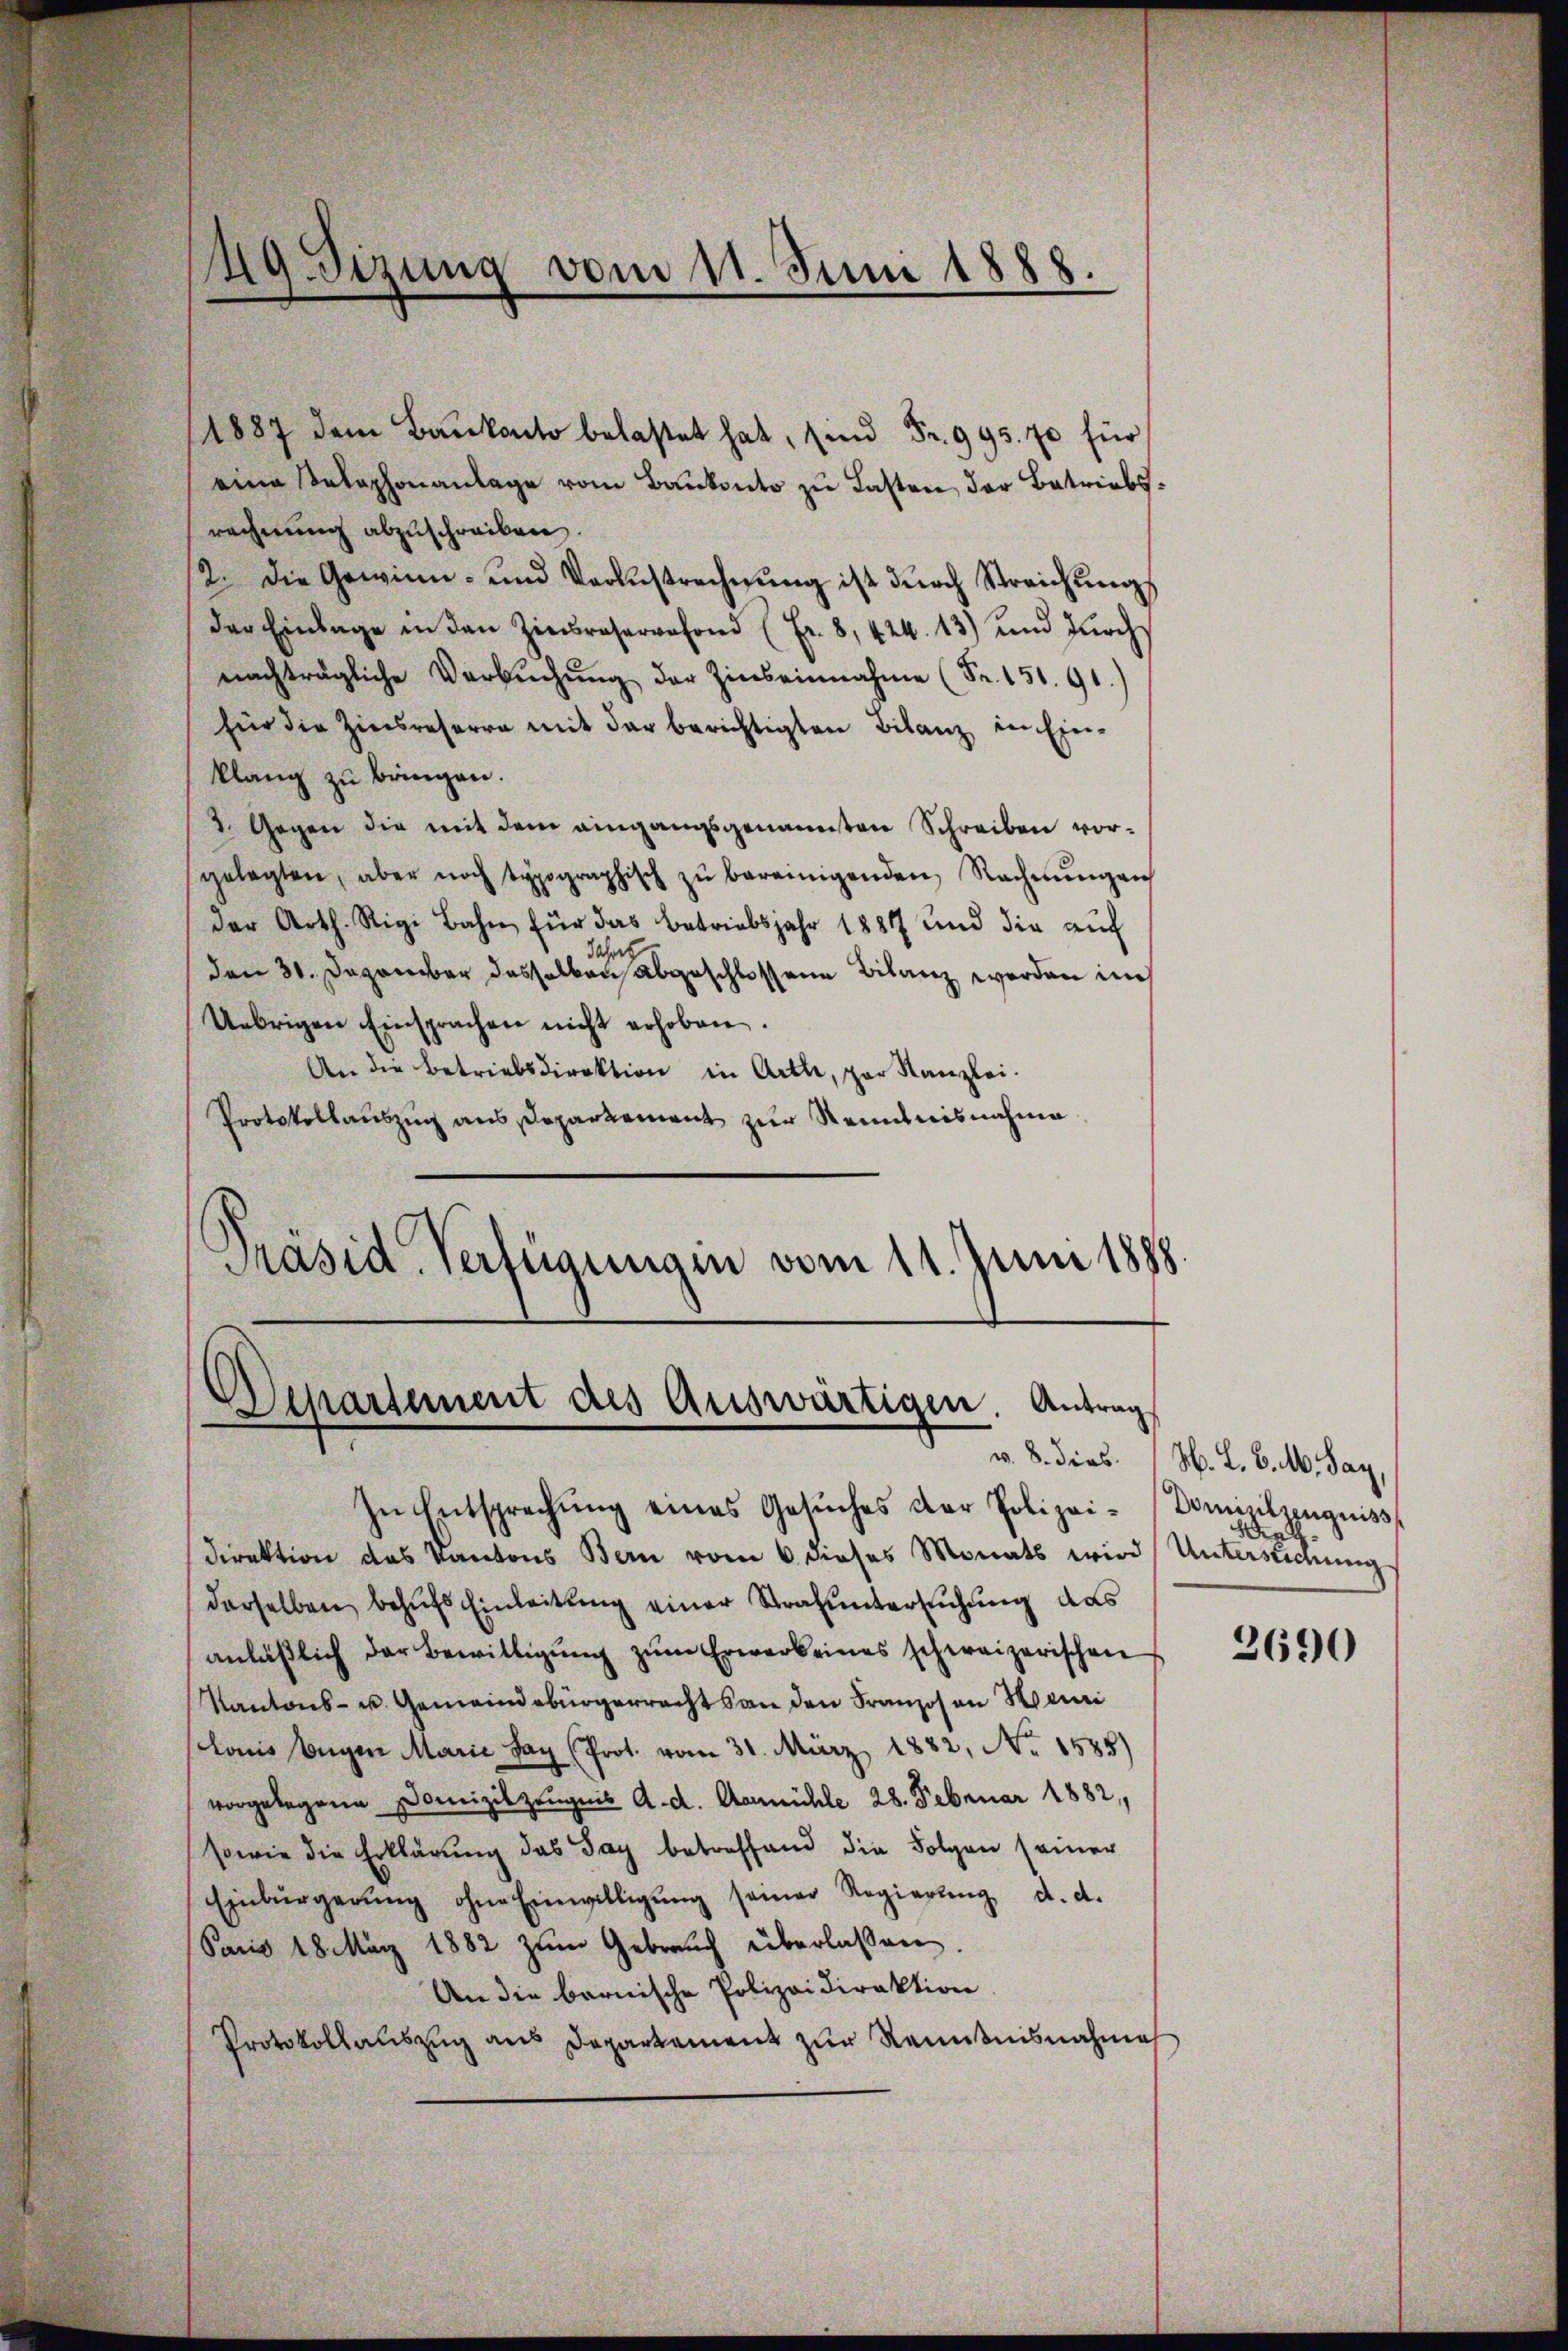
.
49. Sizung vom 11. Juni 1888.

eine Selephonanlage vom Baukonto zu Lasten der Betriebsrechnung abzuschreiben.
12. die Gewinn- und Verlustrechnŭng ist dŭrch Streichŭng
der Einlage in den Zinsreservefond (Fr. 8, 424. 13) und dŭrch
nachträgliche Verbŭchŭng der Zinseinnahme (Fr. 151. 91.)
für die Zinsreserra mit der berichtigten Bilanz in Ein-
klang zu bringen.
2. Gegen die mit dem eingangsgenannten Schreiben vorgelegten, aber noch typographisch zŭ bereinigenden Rechnŭngen
der Arth. Rigi Bahn für das betriebsjahr 1881 und die aŭf
ch
dal
den 31. Dezember dasselben abgeschlossene Bilanz werden in
Uebrigen Einsprachen nicht erhoben.
An die Betriebsdirektion in Arthe, par Kanzlei.
Protokollauszug aus Departement zur Renntnisnahme
Präsid. Verfügungen vom 11. Juni 1888.

1887 dem Baukacto belastet hat, sind Fr. 995. 70 für

In Entsprechŭng eines Gesŭches der Polizei- Domizilzeugniss
direktion das Kantons Bern vom 6 dieses Monats wird Untersuchung
derselben behufs Einleitung einer Strafuntersuchung das
anläßlich der Bewilligung zum Erwerk eines schweizerischen
Kantons- u. Gemeindebürgerrecht an den Franzosen Sani
lonis begen Marie Sag (Prot. vom 31. März 1882, No 1585)
vorgelegene Domizilzeugnis a. d. Aamühle 28. Februar 1882,
sowie die Erklärung das Tag betreffend die Folgen seiner
Einbürgerŭng ohne Einwilligŭng seiner Regierŭng d. d.
Sacis 18. März 1882 zum Gebrauch überlassen.
An die bernische Polizeidirektion
Protokollauszug aus Departement zur Kenntnisnahme

Departement des Auswärtigen. Antrag

v. 8. dies. (N. L. v. M. Pay

3690